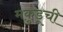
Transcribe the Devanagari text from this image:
मकुंडूची